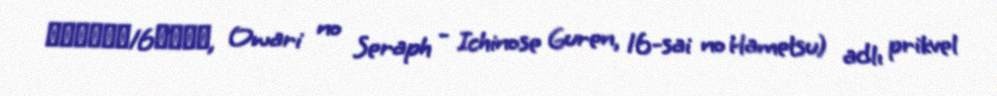
一瀬グレン、16歳の破滅, Owari no Seraph - Ichinose Guren, 16-sai no Hametsu) adlı prikvel